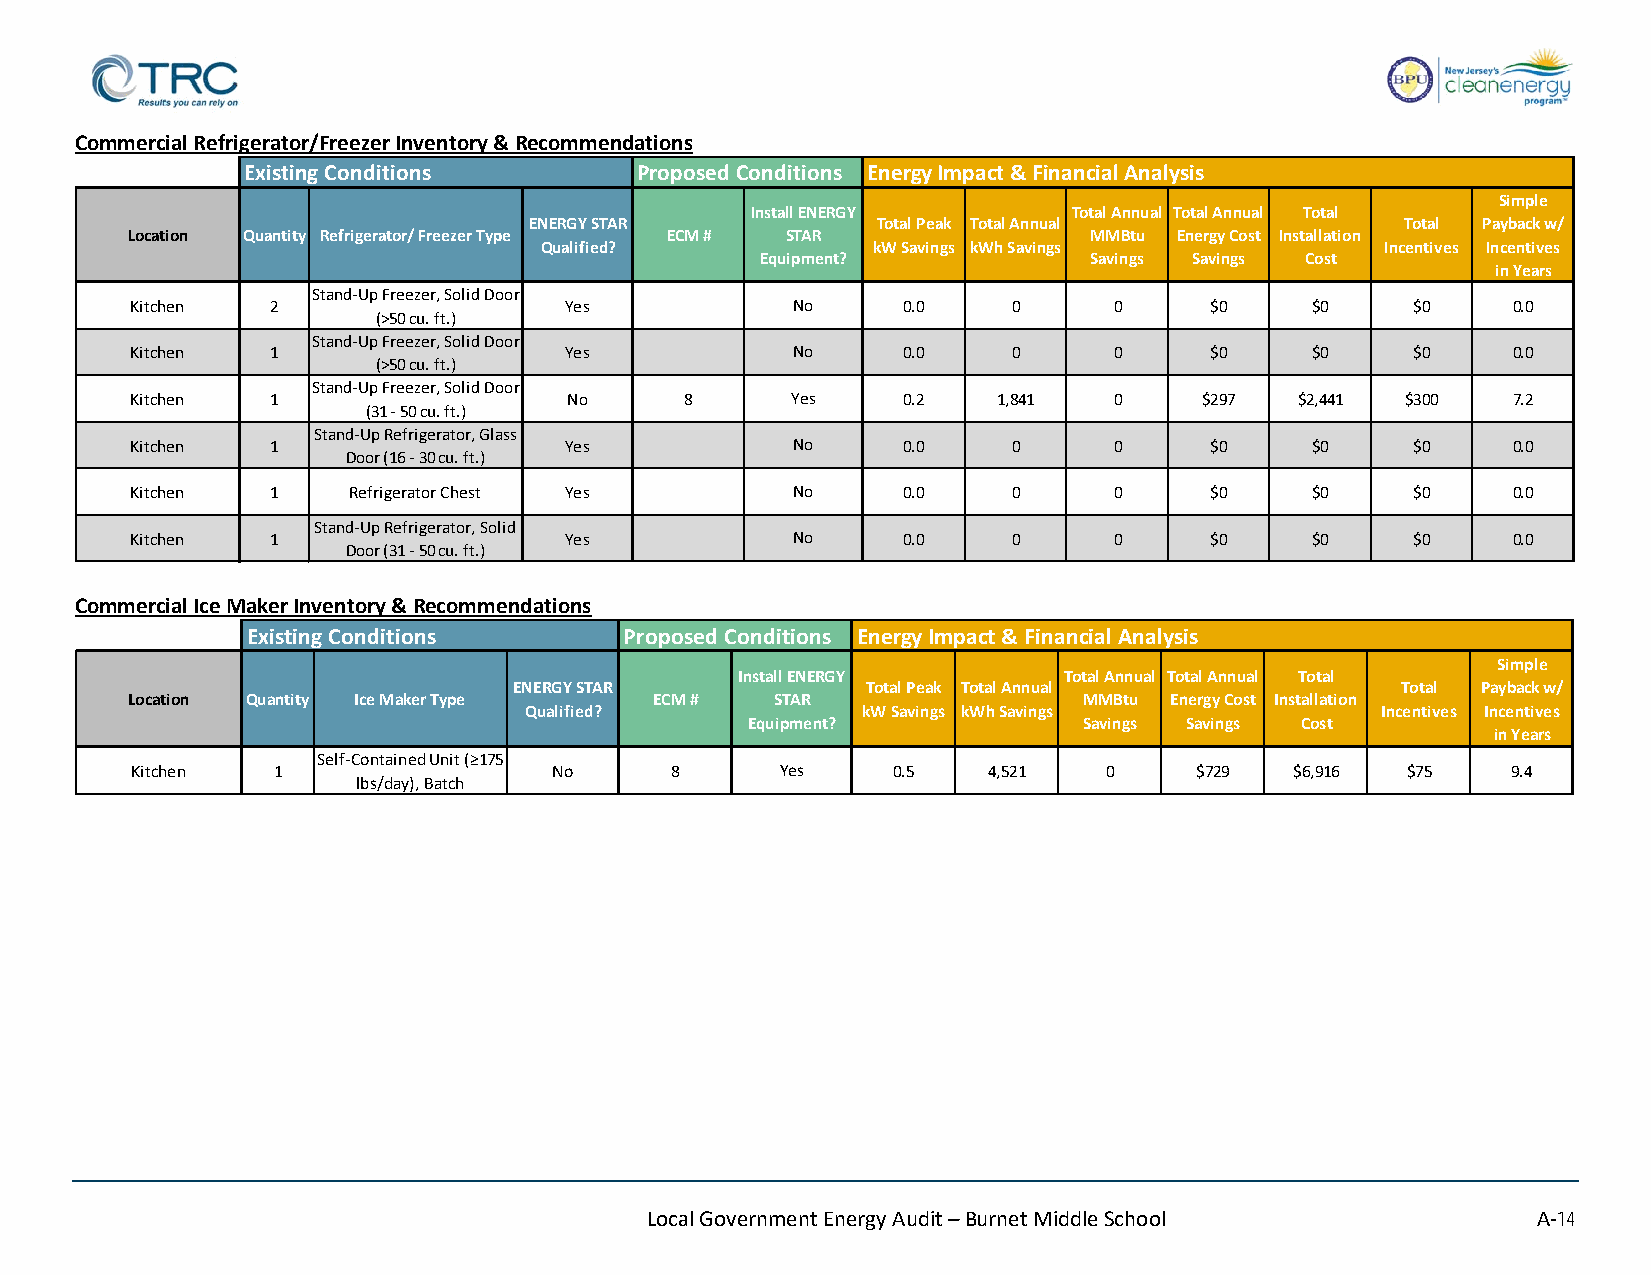
Commercial Refrigerator/Freezer Inventory & Recommendations
 Existing Conditions       Proposed Conditions Energy Impact & Financial Analysis
 Simple
 Install ENERGY       Total Annual Total Annual Total
 ENERGY STAR            Total Peak Total Annual            Total Payback w/
 Location Quantity Refrigerator/ Freezer Type ECM # STAR         MMBtu Energy Cost Installation
 Qualified?            kW Savings kWh Savings            Incentives Incentives
 Equipment?            Savings Savings Cost
 in Years
 Stand-Up Freezer, Solid Door
 Kitchen  2                  Yes            No      0.0    0      0     $0     $0     $0    0.0
 (>50 cu. ft.)
 Stand-Up Freezer, Solid Door
 Kitchen  1                  Yes            No      0.0    0      0     $0     $0     $0    0.0
 (>50 cu. ft.)
 Stand-Up Freezer, Solid Door
 Kitchen  1                   No     8      Yes     0.2   1,841   0     $297  $2,441 $300   7.2
 (31 - 50 cu. ft.)
 Stand-Up Refrigerator, Glass
 Kitchen  1                  Yes            No      0.0    0      0     $0     $0     $0    0.0
 Door (16 - 30 cu. ft.)
 Kitchen  1    Refrigerator Chest Yes       No      0.0    0      0     $0     $0     $0    0.0
 Stand-Up Refrigerator, Solid
 Kitchen  1                  Yes            No      0.0    0      0     $0     $0     $0    0.0
 Door (31 - 50 cu. ft.)
 Commercial Ice Maker Inventory & Recommendations
 Existing Conditions      Proposed Conditions Energy Impact & Financial Analysis
 Simple
 Install ENERGY       Total Annual Total Annual Total
 ENERGY STAR            Total Peak Total Annual             Total Payback w/
 Location Quantity Ice Maker Type   ECM #   STAR                 MMBtu Energy Cost Installation
 Qualified?            kW Savings kWh Savings            Incentives Incentives
 Equipment?             Savings Savings Cost
 in Years
 Self-Contained Unit (≥175
 Kitchen  1                  No     8       Yes    0.5   4,521   0     $729   $6,916 $75    9.4
 lbs/day), Batch
 Local Government Energy Audit – Burnet Middle School       A-14